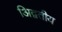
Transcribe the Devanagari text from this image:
अिद्वतीय